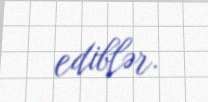
ediblər.